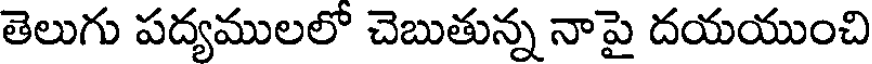
తెలుగు పద్యములలో చెబుతున్న నాపై దయయుంచి